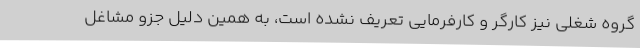
گروه شغلی نیز کارگر و کارفرمایی تعریف نشده است، به همین دلیل جزو مشاغل